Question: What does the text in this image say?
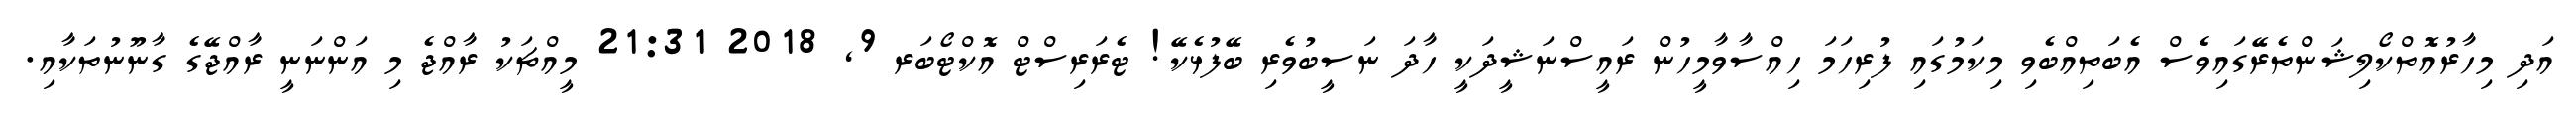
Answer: އަދި މިހާރުއޮތްކޯލިޝަންތެރޭގައިވެސް އެބަތިއްބެވި މިކަމުގައި ފުރިހަމަ ހިއްސާވާމީހުން ރައީސްނަޝީދަކީ ހާދަ ނަސީބުވެރި ބޭފުޅެކޭ! ޓެރަރިސްޓް އޮކްޓޯބަރ 9, 2018 21:31 މީއްޗަކު ރާއްޖެ މި އަންނަނީ ރާއްޖޭގެ ގާނޫނުތަކާއި.